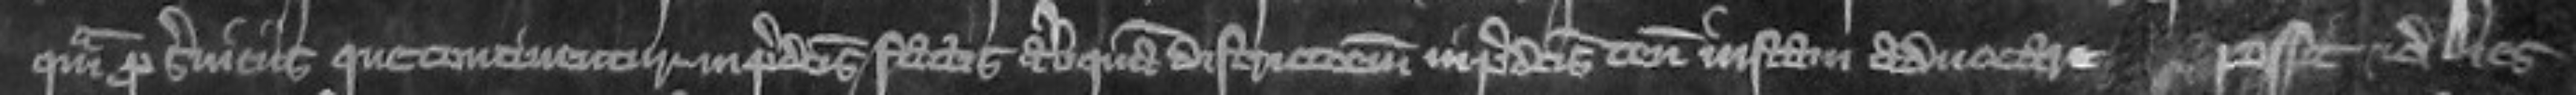
quam pro serviciis que continentur in predictis factis aliquam districtionem in predictis tenementis justam advocare possit etc Dies